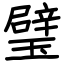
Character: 璧